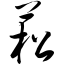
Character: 菘